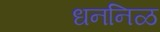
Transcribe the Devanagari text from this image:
धननिळ